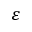
\varepsilon